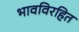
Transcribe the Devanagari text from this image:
भावविरहित